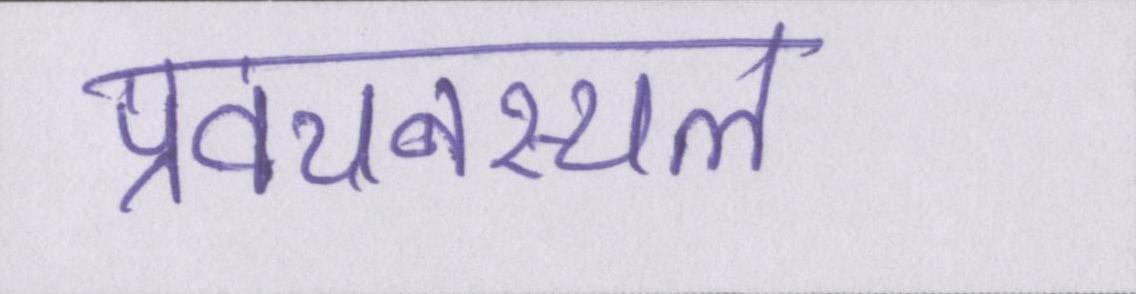
प्रवचनस्थल